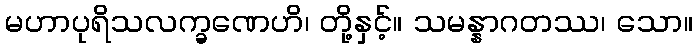
မဟာပုရိသလက္ခဏေဟိ၊ တို့နှင့်။ သမန္နာဂတဿ၊ သော။